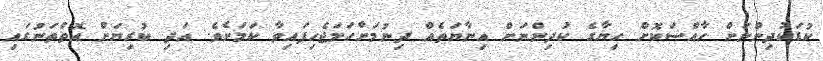
ކުޑަކުދިންނަށް ހާއްސަކޮށް ހިޔާގެ ކުދިންނަށް އިނާޔަތެއް ދިނުމަށްހަމަޖެހިފައިވާ ކަމަށެވެ. އަދި ކުރިޔަށް އޮތްތަނުގައި